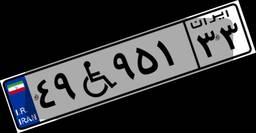
۰۹W۰۶۳۳۳